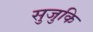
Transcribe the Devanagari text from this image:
सुजुकि